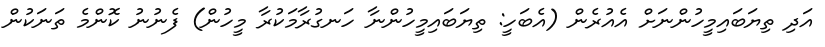
އަދި ތިޔަބައިމީހުންނަށް އެއުރެން (އެބަހީ: ތިޔަބައިމީހުންނާ ހަނގުރާމަކުރާ މީހުން) ފެނުނު ކޮންމެ ތަނަކުން